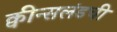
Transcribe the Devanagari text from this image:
क्वीन्सलंडची